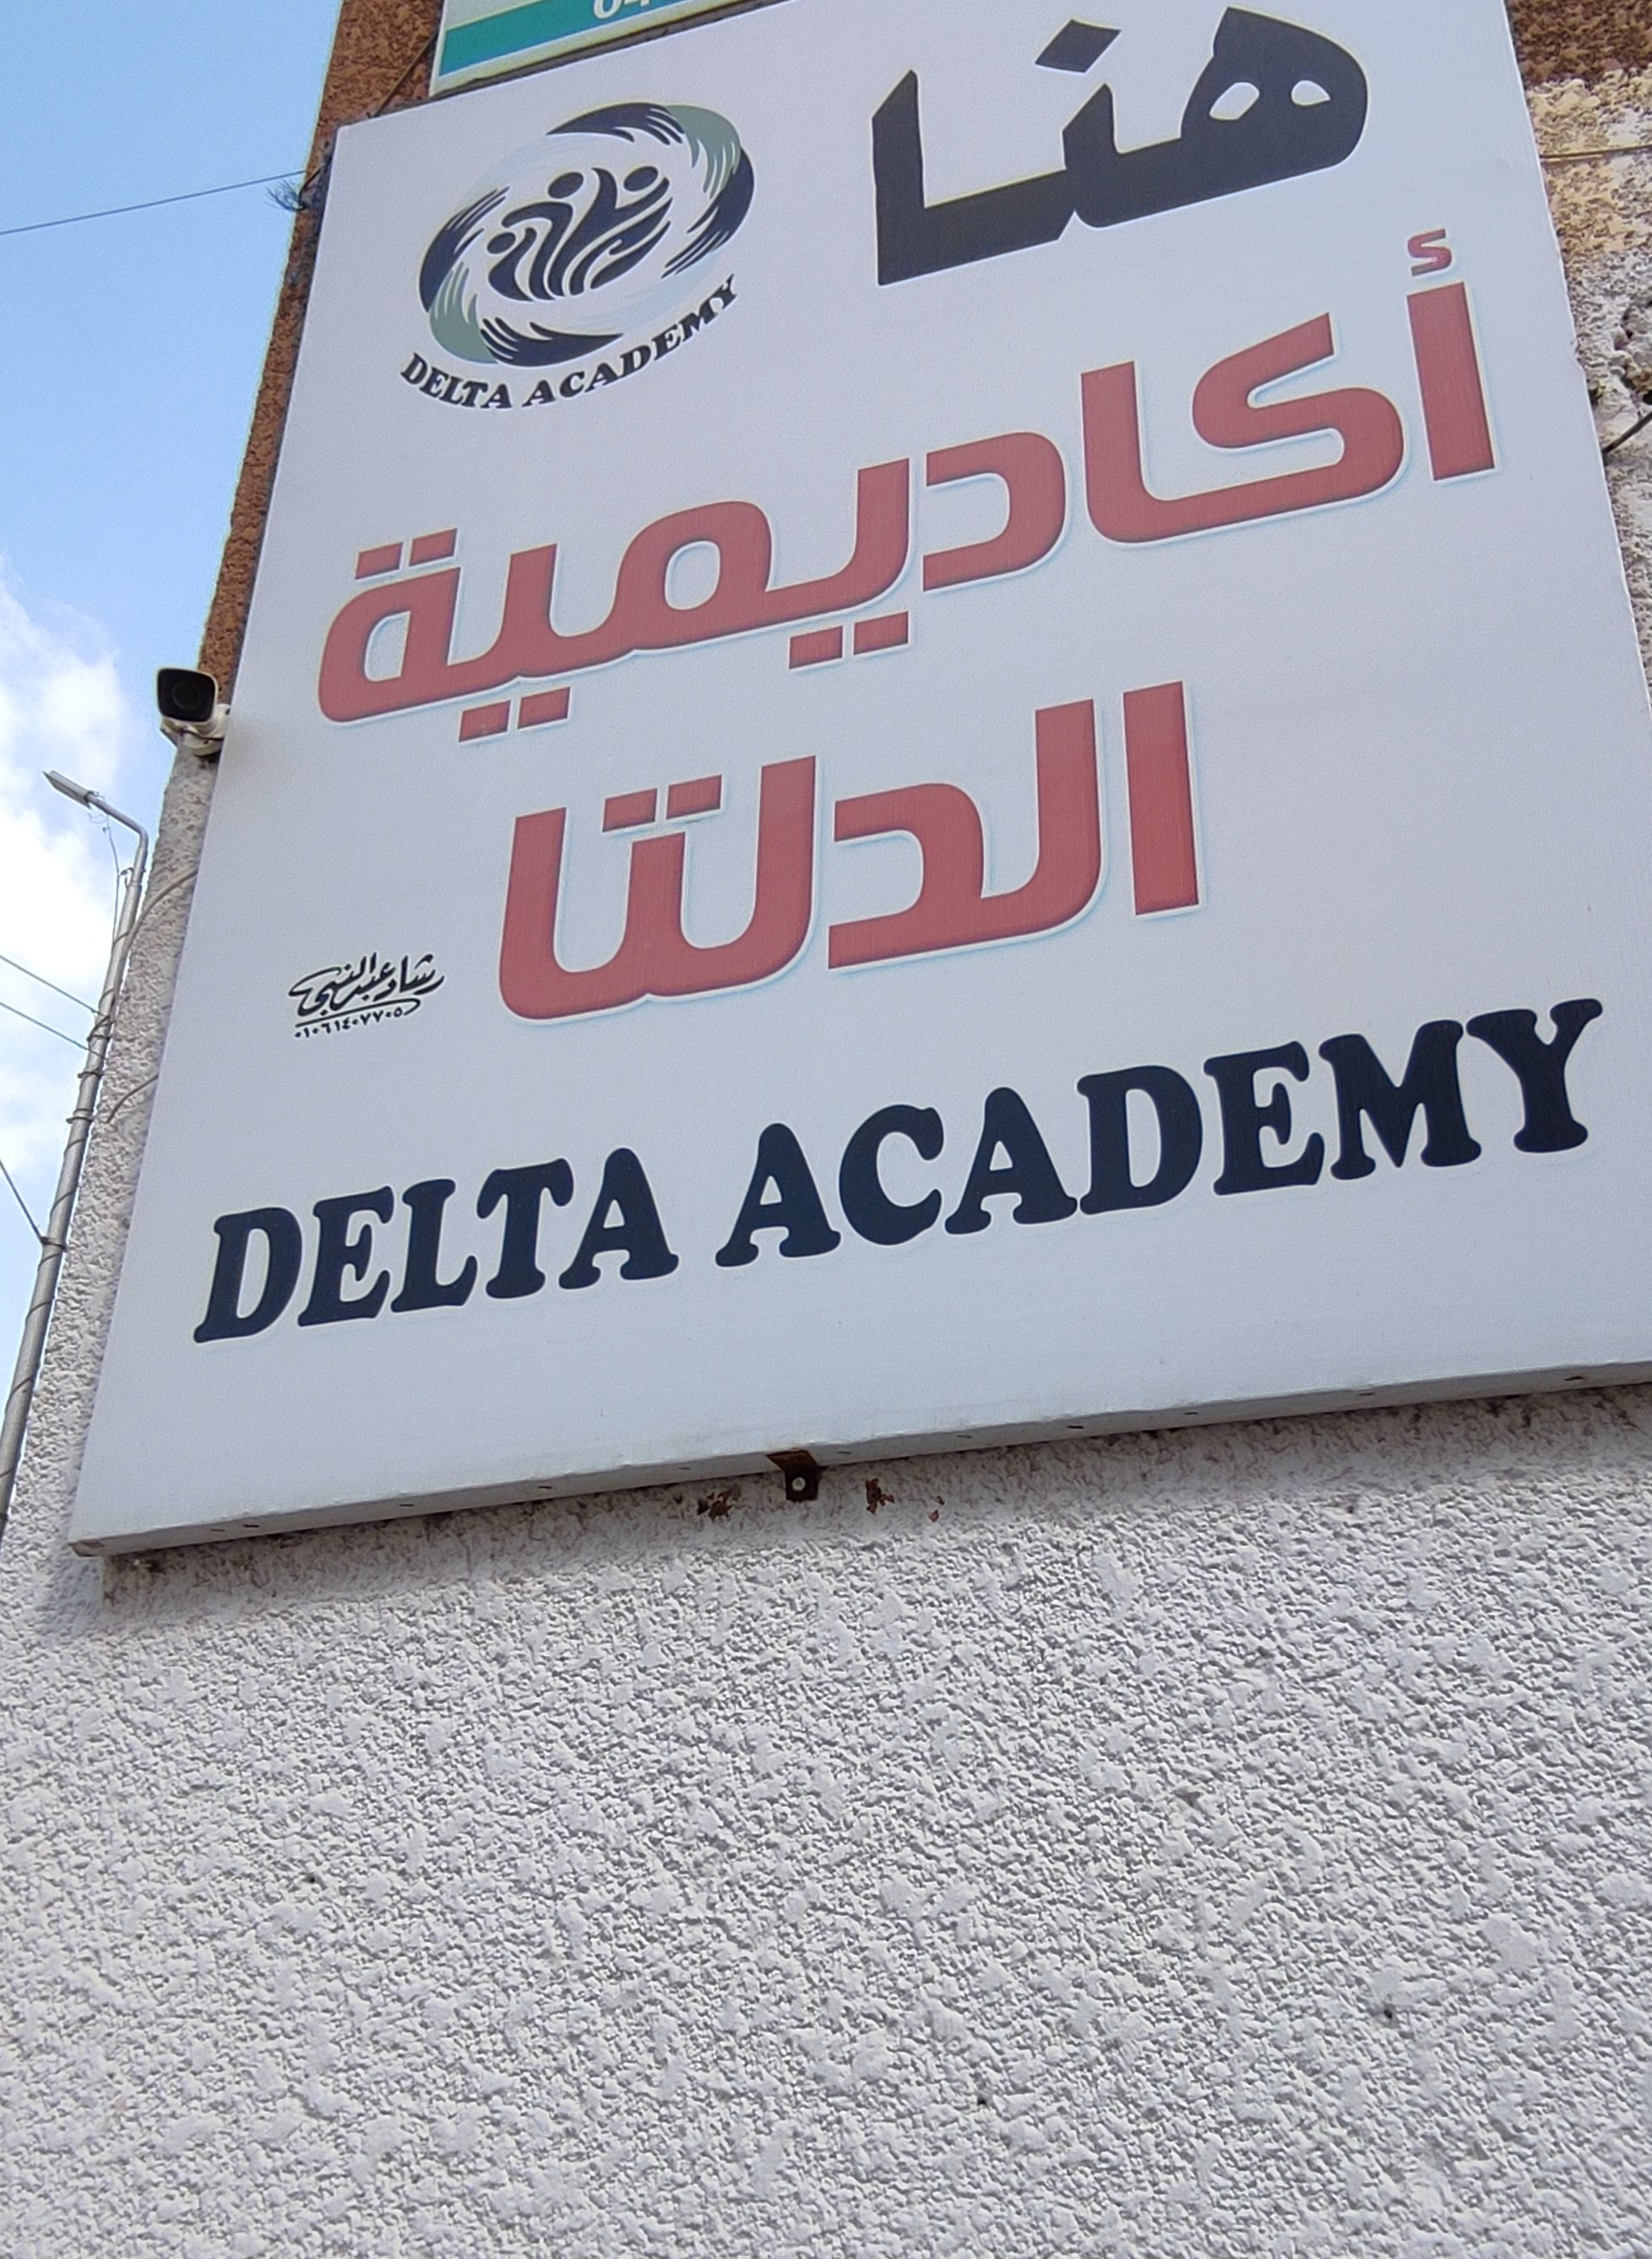
Text in image: هنا أكاديمية الدلتا رشادعبدالنبي ACADEMY DELTA ACADEMY DELTA